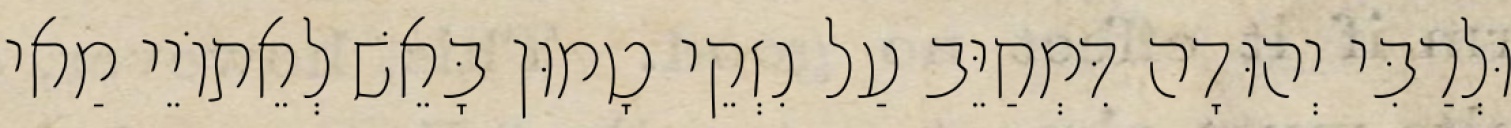
וּלְרַבִּי יְהוּדָה דִּמְחַיֵּב עַל נִזְקֵי טָמוּן בָּאֵשׁ לְאֵתוֹיֵי מַאי